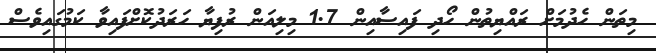
މިތަން ހެދުމަށް ރައްޔިތުން ހޯދި ފައިސާއިން 1.7 މިލިއަން ރުފިޔާ ހަރަދުކޮށްފައިވާ ކަމުގައިވެސް